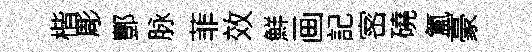
楷彫酆脉菲效鮮画記宻磽氲豪